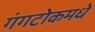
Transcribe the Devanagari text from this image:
गंगटोकमधे